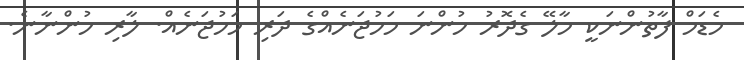
މެޑަމް ފާތުންނަކީ މާލޭ ގެދޮރު ހުންނަ މަހުޖަނެއްގެ ދަރި މަހުޖަނެއް. ލާރި ހުންނާނެ.